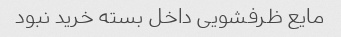
مایع ظرفشویی داخل بسته خرید نبود